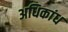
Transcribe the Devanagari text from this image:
अधिकांध